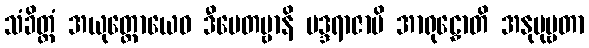
သံခိတ္တံ အယုတ္တောယေဝ ဒီပေတဗ္ဗာနိ မဒ္ဒရာဇာပိ အာရုဠှောတိ အနုပုဗ္ဗတာ